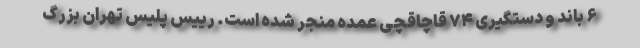
۶ باند و دستگیری ۷۴ قاچاقچی عمده منجر شده است. رییس پلیس تهران بزرگ